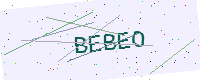
Text: BEBEO